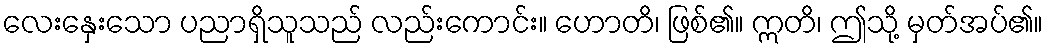
လေးနှေးသော ပညာရှိသူသည် လည်းကောင်း။ ဟောတိ၊ ဖြစ်၏။ ဣတိ၊ ဤသို့ မှတ်အပ်၏။